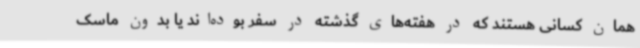
همان کسانی هستند که در هفته‌های گذشته در سفر بوده‌اند یا بدون ماسک